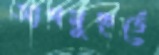
আগমুহুর্তে